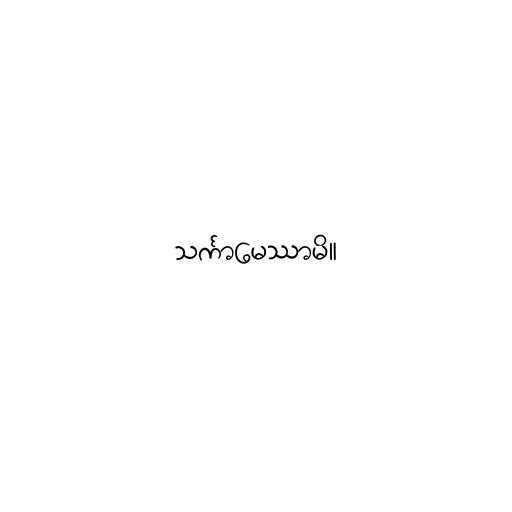
သင်္ကာမေဿာမိ။